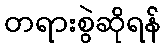
တရားစွဲဆိုရန်